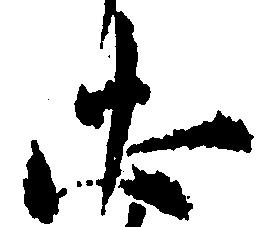
忠